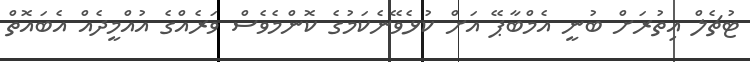
ޓުޗެލް އިތުރަށް ބުނީ އެމްބާޕޭ އަށް ކުޅެވޭނެކަމުގެ ކޮންމެވެސް ވަރެއްގެ އުއްމީދެއް އެބައޮތް